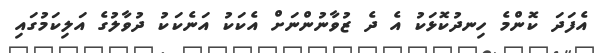
އެފަދަ ކޮންމެ ހިނދުކޮޅަކު އެ ދެ ޒުވާނުންނަށް އެކަކު އަނެކަކު ދުވާލުގެ އަލިކަމުގައި